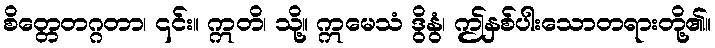
စိတ္တေတဂ္ဂတာ၊ ၎င်း။ ဣတိ၊ သို့။ ဣမေသံ ဒွိနွံ၊ ဤနှစ်ပါးသောတရားတို့၏။